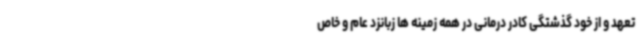
تعهد و از خود گذشتگی کادر درمانی در همه زمینه ها زبانزد عام و خاص